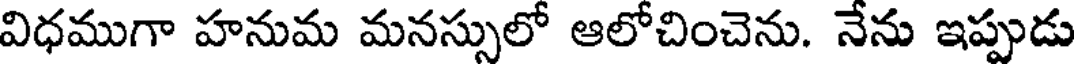
విధముగా హనుమ మనస్సులో ఆలోచించెను. నేను ఇప్పుడు